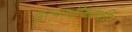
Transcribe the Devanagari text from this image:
इत्यादीकांची